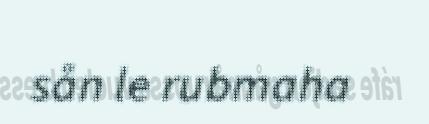
sån le rubmaha